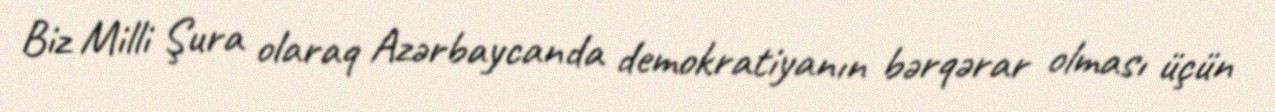
Biz Milli Şura olaraq Azərbaycanda demokratiyanın bərqərar olması üçün